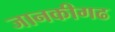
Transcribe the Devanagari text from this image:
जानकीगढ